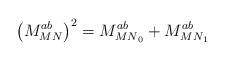
LaTeX: \begin{align*}\left( M^{ab}_{MN} \right)^2=M^{ab}_{{MN}_0} +M^{ab}_{{MN}_1}\end{align*}